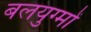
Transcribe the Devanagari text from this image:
बलयुग्मों